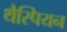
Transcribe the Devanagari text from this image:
थैस्पियन